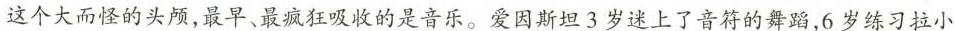
这个大而怪的头颅，最早、最疯狂吸收的是音乐。爱因斯坦3岁迷上了音符的舞蹈，6岁练习拉小